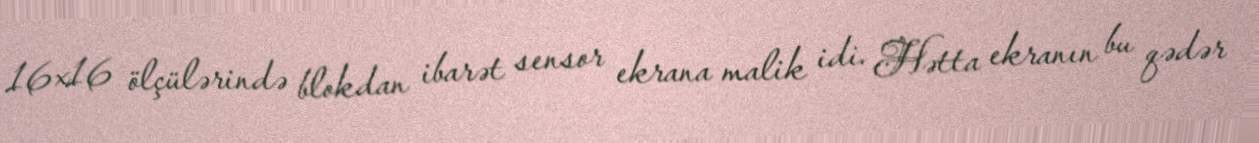
16x16 ölçülərində blokdan ibarət sensor ekrana malik idi. Hətta ekranın bu qədər